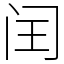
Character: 闰